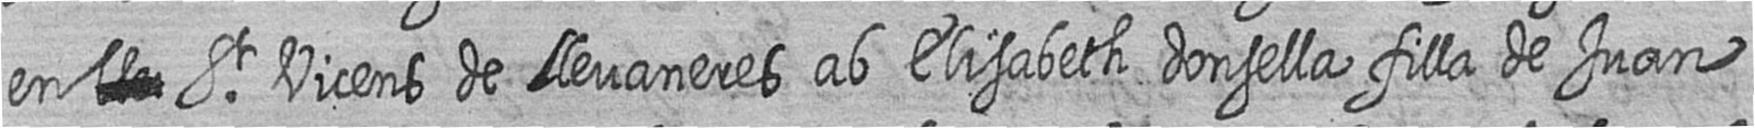
en # St Vicens de llevaneres ab Elisabeth donsella filla de Juan